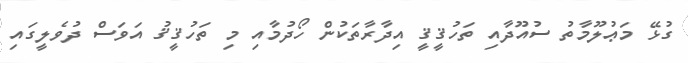
ގުޅޭ މަޢުލޫމާތު ސުއޫދާއި ތަހުޤީޤީ އިދާރާތަކުން ހޯދުމާއި މި ތަހުޤީޤު އަވަސް ދުވެލީގައި